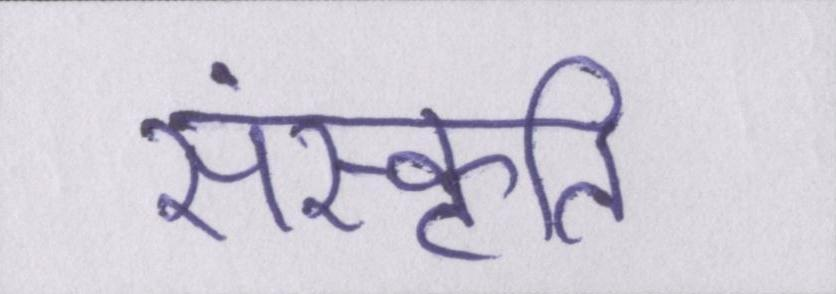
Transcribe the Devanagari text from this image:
संस्कॄति